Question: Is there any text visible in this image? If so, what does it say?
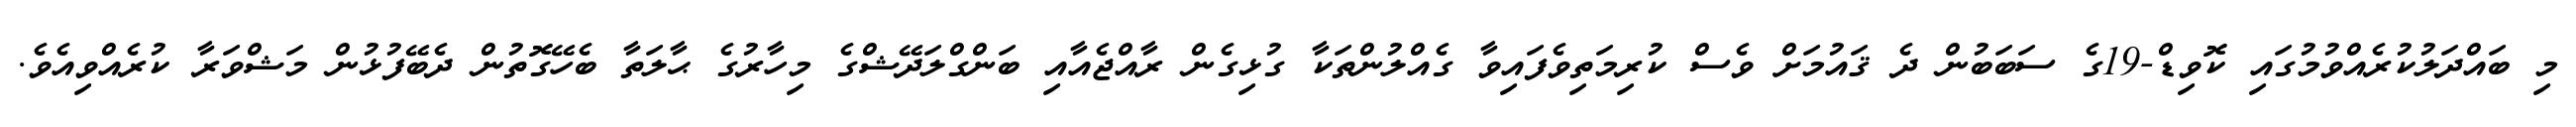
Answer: މި ބައްދަލުކުރެއްވުމުގައި ކޮވިޑް-19ގެ ސަބަބުން ދެ ޤައުމަށް ވެސް ކުރިމަތިވެފައިވާ ގެއްލުންތަކާ ގުޅިގެން ރާއްޖެއާއި ބަންގްލަދޭޝްގެ މިހާރުގެ ޙާލަތާ ބެހޭގޮތުން ދެބޭފުޅުން މަޝްވަރާ ކުރެއްވިއެވެ.